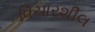
વિચારશીલ